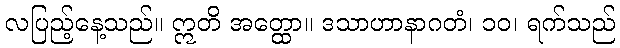
လပြည့်နေ့သည်။ ဣတိ အတ္ထော။ ဒသာဟာနာဂတံ၊ ၁၀၊ ရက်သည်